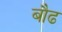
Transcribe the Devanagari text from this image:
बौढ